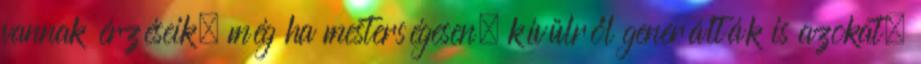
vannak érzéseik, még ha mesterségesen, kívülről generálták is azokat.